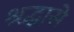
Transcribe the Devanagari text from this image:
श्रद्धासे